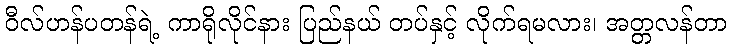
ဝီလ်ဟန်ပတန်ရဲ့ ကာရိုလိုင်နား ပြည်နယ် တပ်နှင့် လိုက်ရမလား၊ အတ္တလန်တာ